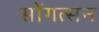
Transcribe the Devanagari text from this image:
सोंगत्सन